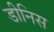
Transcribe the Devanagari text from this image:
डीनिस